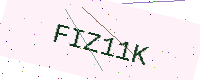
Text: FIZ11K